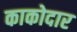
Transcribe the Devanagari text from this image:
काकोदार